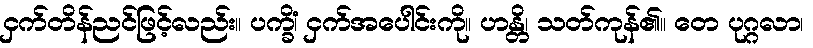
ငှက်တိန်ညင်ဖြင့်လည်း။ ပက္ခိံ၊ ငှက်အပေါင်းကို။ ဟန္တိ၊ သတ်ကုန်၏။ တေ ပုဂ္ဂလာ၊